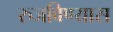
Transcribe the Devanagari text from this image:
रुजविण्यास